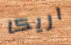
اريكا